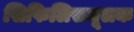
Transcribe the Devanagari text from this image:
सिफिलिसमूलक